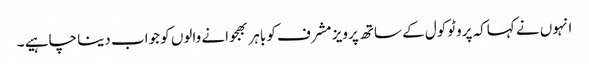
انہوں نے کہاکہ پروٹوکول کے ساتھ پرویز مشرف کو باہر بھجوانے والوں کو جواب دینا چاہیے ۔